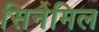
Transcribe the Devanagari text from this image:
सिनेमिल